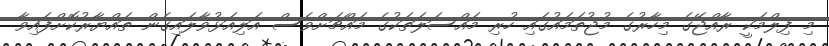
މި ފިލްމަކީ ރާއްޖޭގެ މިހާރުގެ މުޖުތަމައުގައި ހުރި މައްސަލަތަކުގެ މައްޗަށްވެސް އަލިއަޅުވާލައިގެން ތައްޔާރުކޮށްފައިވާ